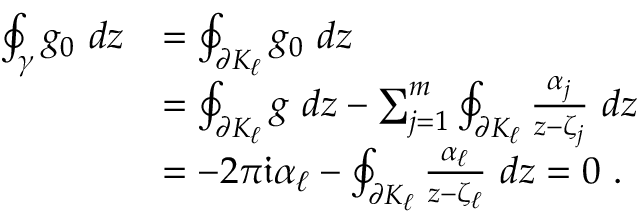
\begin{array} { r l } { \oint _ { \gamma } g _ { 0 } ~ d z } & { = \oint _ { \partial K _ { \ell } } g _ { 0 } ~ d z } \\ & { = \oint _ { \partial K _ { \ell } } g ~ d z - \sum _ { j = 1 } ^ { m } \oint _ { \partial K _ { \ell } } \frac { \alpha _ { j } } { z - \zeta _ { j } } ~ d z } \\ & { = - 2 \pi \mathfrak i \alpha _ { \ell } - \oint _ { \partial K _ { \ell } } \frac { \alpha _ { \ell } } { z - \zeta _ { \ell } } ~ d z = 0 ~ . } \end{array}